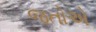
જતોએ